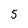
Character: 5